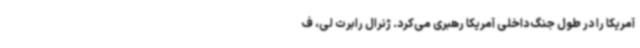
آمریکا را در طول جنگ داخلی آمریکا رهبری می‌کرد. ژنرال رابرت لی، ف